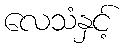
လေသံနှင့်